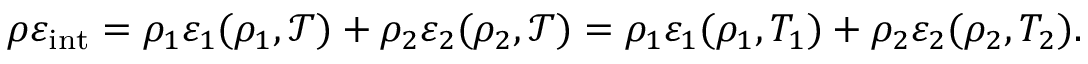
\begin{array} { r } { \rho \varepsilon _ { \mathrm { i n t } } = \rho _ { 1 } \varepsilon _ { 1 } ( \rho _ { 1 } , \mathcal { T } ) + \rho _ { 2 } \varepsilon _ { 2 } ( \rho _ { 2 } , \mathcal { T } ) = \rho _ { 1 } \varepsilon _ { 1 } ( \rho _ { 1 } , T _ { 1 } ) + \rho _ { 2 } \varepsilon _ { 2 } ( \rho _ { 2 } , T _ { 2 } ) . } \end{array}